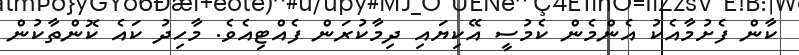
ކާން ފެށުމާއެކު އެންމެން ކެމުސީ އޭކިޔައި ދިމާކުރަން ފެއްޓިއެވެ. މާހިދު ކައެ ކޮންތާކުން